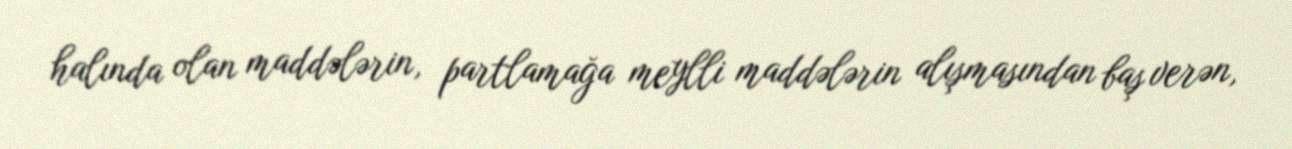
halında olan maddələrin, partlamağa meylli maddələrin alışmasından baş verən,